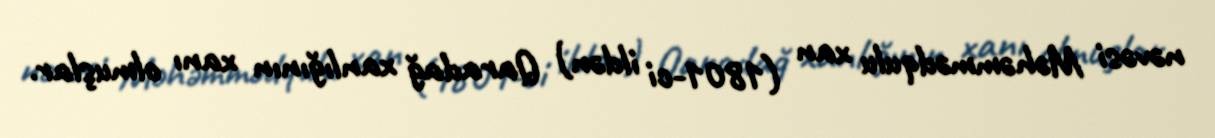
nəvəsi Məhəmmədqulu xan (1801-ci ildən) Qaradağ xanlığının xanı olmuşlar.